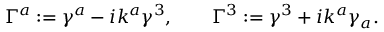
\Gamma ^ { a } : = \gamma ^ { a } - i k ^ { a } \gamma ^ { 3 } , \qquad \Gamma ^ { 3 } : = \gamma ^ { 3 } + i k ^ { a } \gamma _ { a } .